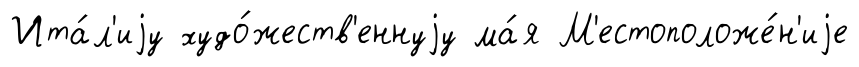
Ита́л'иjу худо́жеств'еннуjу ма́я М'естоположе́н'иjе